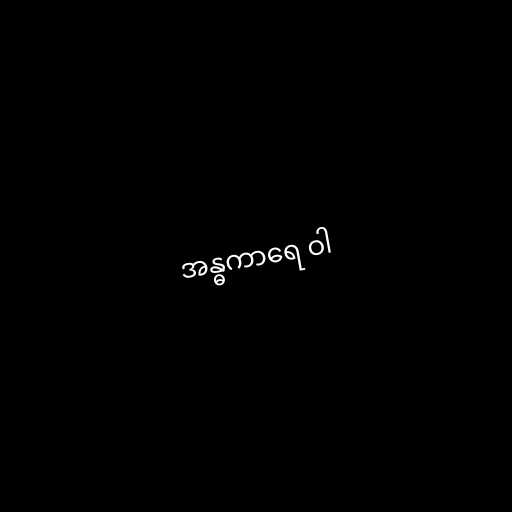
အန္ဓကာရေ ဝါ